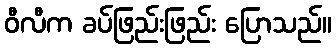
ဝီလီက ခပ်ဖြည်းဖြည်း ပြောသည်။